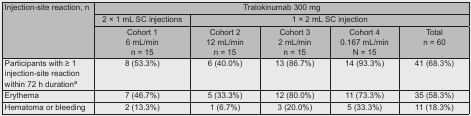
<table><thead><tr><td rowspan="3"><b>Injection-site reaction, n</b></td><td colspan="5"><b>Tralokinumab 300 mg</b></td></tr><tr><td><b>2 × 1 mL SC injections</b></td><td colspan="4"><b>1 × 2 mL SC injection</b></td></tr><tr><td><b>Cohort 1 6 mL/min n = 15</b></td><td><b>Cohort 2 12 mL/min n = 15</b></td><td><b>Cohort 3 2 mL/min n = 15</b></td><td><b>Cohort 4 0.167 mL/min N = 15</b></td><td><b>Total n = 60</b></td></tr></thead><tbody><tr><td>Participants with ≥ 1 injection-site reaction within 72 h duration<sup>a</sup></td><td>8 (53.3%)</td><td>6 (40.0%)</td><td>13 (86.7%)</td><td>14 (93.3%)</td><td>41 (68.3%)</td></tr><tr><td>Erythema</td><td>7 (46.7%)</td><td>5 (33.3%)</td><td>12 (80.0%)</td><td>11 (73.3%)</td><td>35 (58.3%)</td></tr><tr><td>Hematoma or bleeding</td><td>2 (13.3%)</td><td>1 (6.7%)</td><td>3 (20.0%)</td><td>5 (33.3%)</td><td>11 (18.3%)</td></tr></tbody></table>